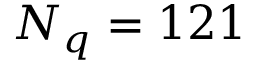
N _ { q } = 1 2 1